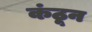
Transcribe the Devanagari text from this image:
कंठून